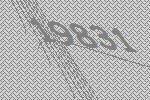
19831